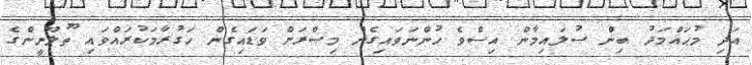
އަދި މުޙައްމަދު ބިން ސުލައިމާން އިސްވެ ހުންނަވައިގެން މިޞްރަށް ވަޑައިގެން ހަގުރާމަކުރައްވައި ޠޫލޫނީންގެ